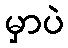
မှာပဲ